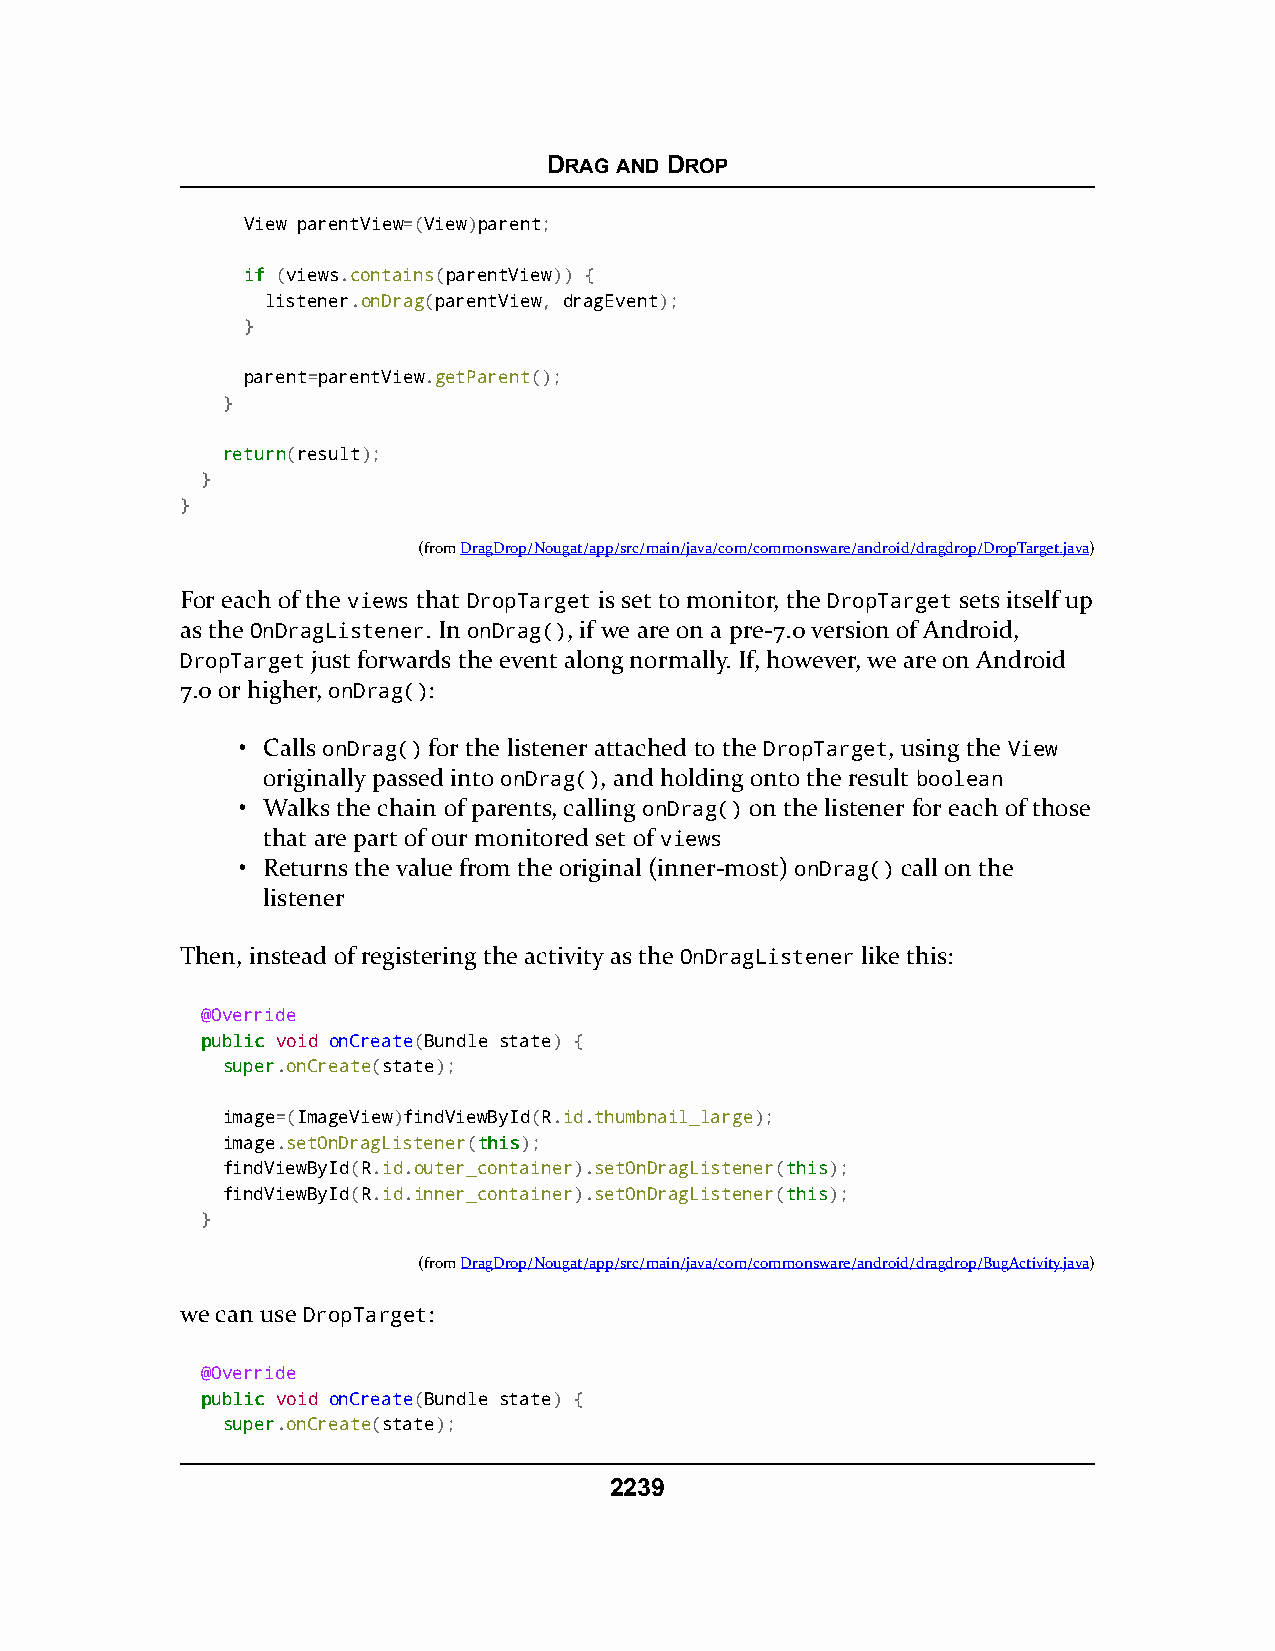
DRAG AND DROP
 View parentView=(View)parent;
 iiff (views.contains(parentView)) {
 listener.onDrag(parentView, dragEvent);
 }
 parent=parentView.getParent();
 }
 rreettuurrnn(result);
 }
 }
 (fromDragDrop/Nougat/app/src/main/java/com/commonsware/android/dragdrop/DropTarget.java)
 For each of the views that DropTarget is set to monitor, the DropTarget sets itself up
 as the OnDragListener. In onDrag(), if we are on a pre-7.0 version of Android,
 DropTarget just forwards the event along normally. If, however, we are on Android
 7.0 or higher, onDrag():
 • Calls onDrag() for the listener attached to the DropTarget, using the View
 originally passed into onDrag(), and holding onto the result boolean
 • Walks the chain of parents, calling onDrag() on the listener for each of those
 that are part of our monitored set of views
 • Returns the value from the original (inner-most) onDrag() call on the
 listener
 Then, instead of registering the activity as the OnDragListener like this:
 @Override
 ppuubblliicc void onCreate(Bundle state) {
 ssuuppeerr.onCreate(state);
 image=(ImageView)findViewById(R.id.thumbnail_large);
 image.setOnDragListener(tthhiiss);
 findViewById(R.id.outer_container).setOnDragListener(tthhiiss);
 findViewById(R.id.inner_container).setOnDragListener(tthhiiss);
 }
 (fromDragDrop/Nougat/app/src/main/java/com/commonsware/android/dragdrop/BugActivity.java)
 we can use DropTarget:
 @Override
 ppuubblliicc void onCreate(Bundle state) {
 ssuuppeerr.onCreate(state);
 2239